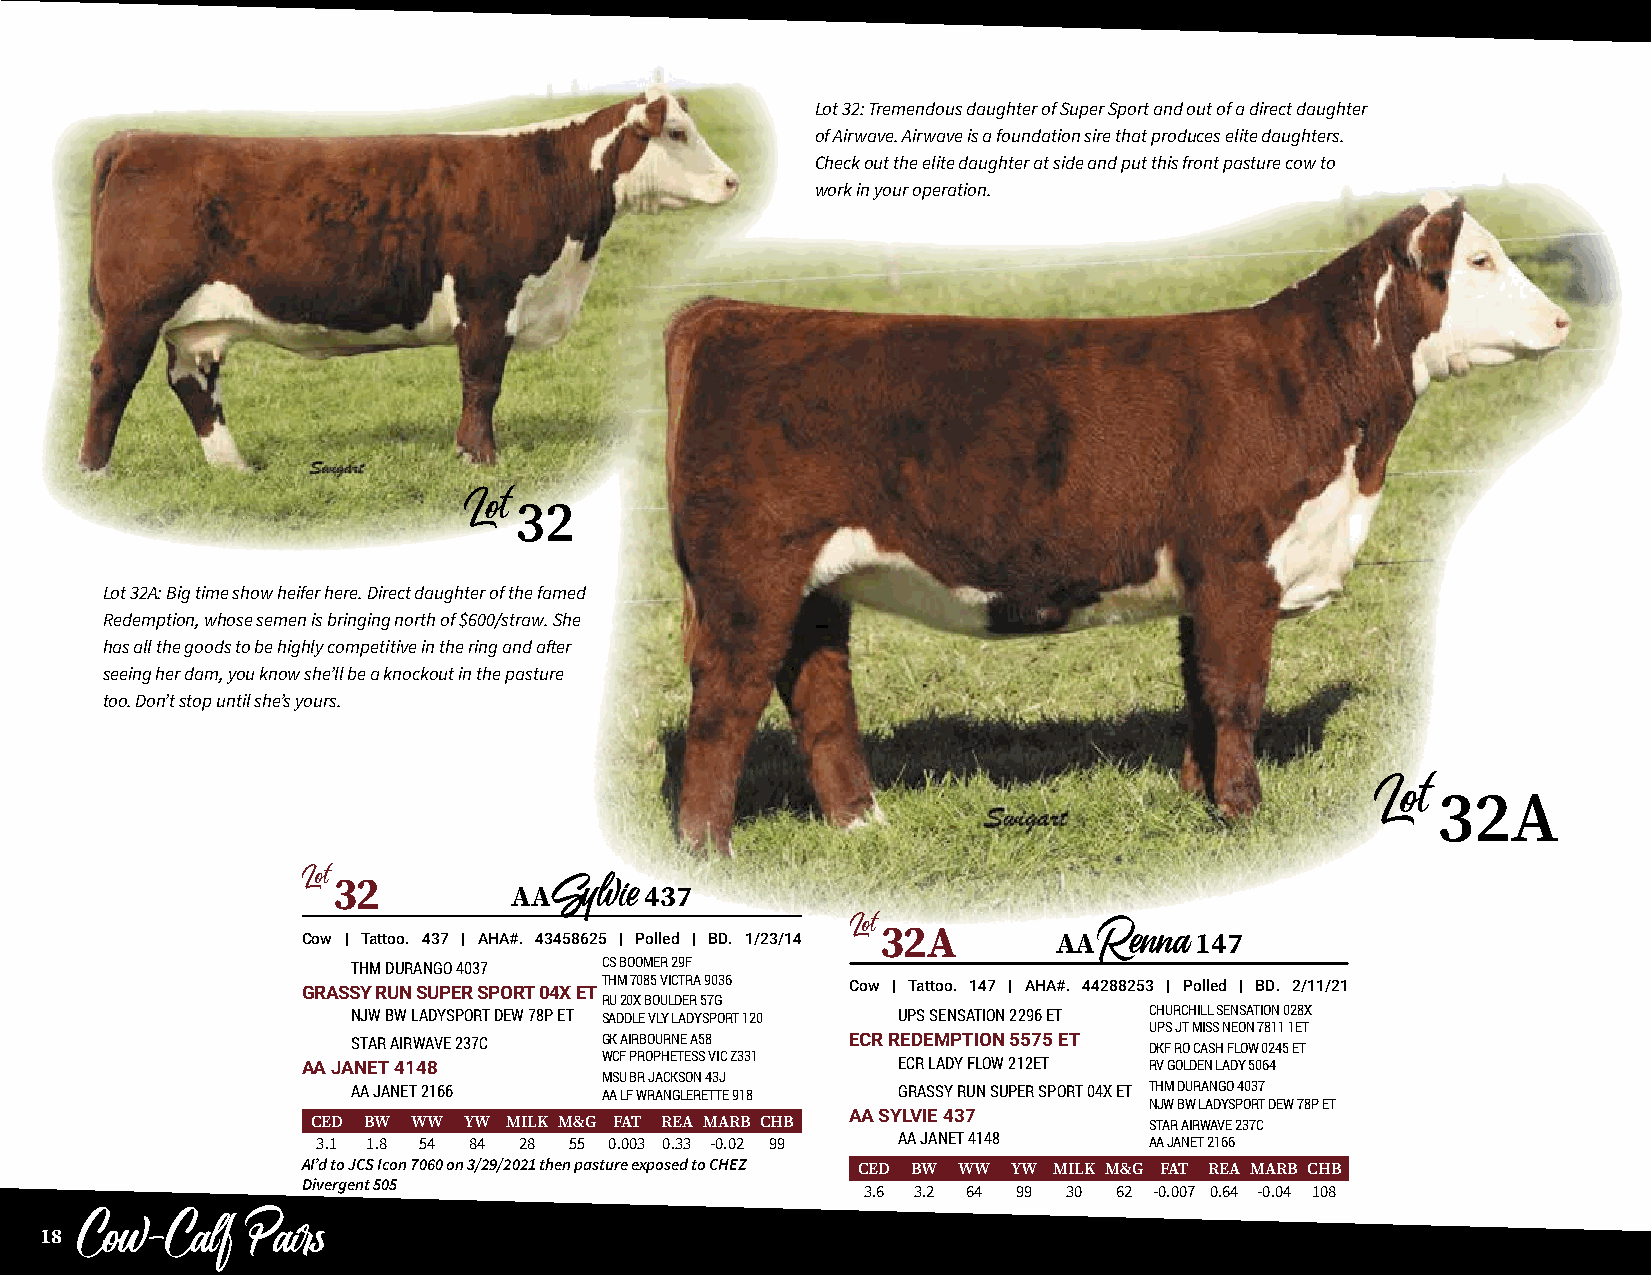
Lot 32: Tremendous daughter of Super Sport and out of a direct daughter
 of Airwave. Airwave is a foundation sire that produces elite daughters.
 Check out the elite daughter at side and put this front pasture cow to
 work in your operation.
 32
 Lot
 Lot 32A: Big time show heifer here. Direct daughter of the famed
 Redemption, whose semen is bringing north of $600/straw. She
 has all the goods to be highly competitive in the ring and after
 seeing her dam, you know she’ll be a knockout in the pasture
 too. Don’t stop until she’s yours.
 32A
 Lot
 Lot32
 AA       437
 Sylvie
 Cow | Tattoo. 437 | AHA#. 43458625 | Polled | BD. 1/23/14 Lot32A AA 147
 THM DURANGO 4037 CS BOOMER 29F                    Renna
 GRASSY RUN SUPER SPORT 04X ETTHM 7085 VICTRA 9036 Cow | Tattoo. 147 | AHA#. 44288253 | Polled | BD. 2/11/21
 RU 20X BOULDER 57G
 NJW BW LADYSPORT DEW 78P ET SADDLE VLY LADYSPORT 120 UPS SENSATION 2296 ET CHURCHILL SENSATION 028X
 UPS JT MISS NEON 7811 1ET
 STAR AIRWAVE 237C GK AIRBOURNE A58 ECR REDEMPTION 5575 ET DKF RO CASH FLOW 0245 ET
 AA JANET 4148       WCF PROPHETESS VIC Z331 ECR LADY FLOW 212ET RV GOLDEN LADY 5064
 MSU BR JACKSON 43J
 AA JANET 2166    AA LF WRANGLERETTE 918 GRASSY RUN SUPER SPORT 04X ET THM DURANGO 4037
 NJW BW LADYSPORT DEW 78P ET
 AA SYLVIE 437
 CED BW WW YW MILK M&G FAT REA MARB CHB                 STAR AIRWAVE 237C
 3.1 1.8 54 84 28 55 0.003 0.33 -0.02 99 AA JANET 4148  AA JANET 2166
 AI’d to JCS Icon 7060 on 3/29/2021 then pasture exposed to CHEZ CED BW WW YW MILK M&G FAT REA MARB CHB
 Divergent 505
 3.6 3.2 64 99 30 62 -0.007 0.64 -0.04 108
 18
 Cow-Calf    Pairs